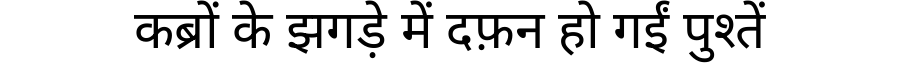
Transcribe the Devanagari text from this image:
कब्रों के झगड़े में दफ़न हो गईं पुश्तें